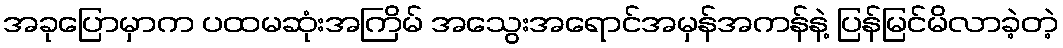
အခုပြောမှာက ပထမဆုံးအကြိမ် အသွေးအရောင်အမှန်အကန်နဲ့ ပြန်မြင်မိလာခဲ့တဲ့